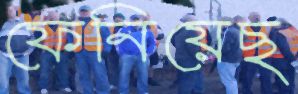
ফেনিয়েছ